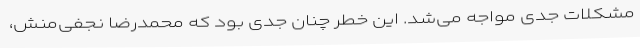
مشکلات جدی مواجه می‌شد. این خطر چنان جدی بود که محمدرضا نجفی‌منش،